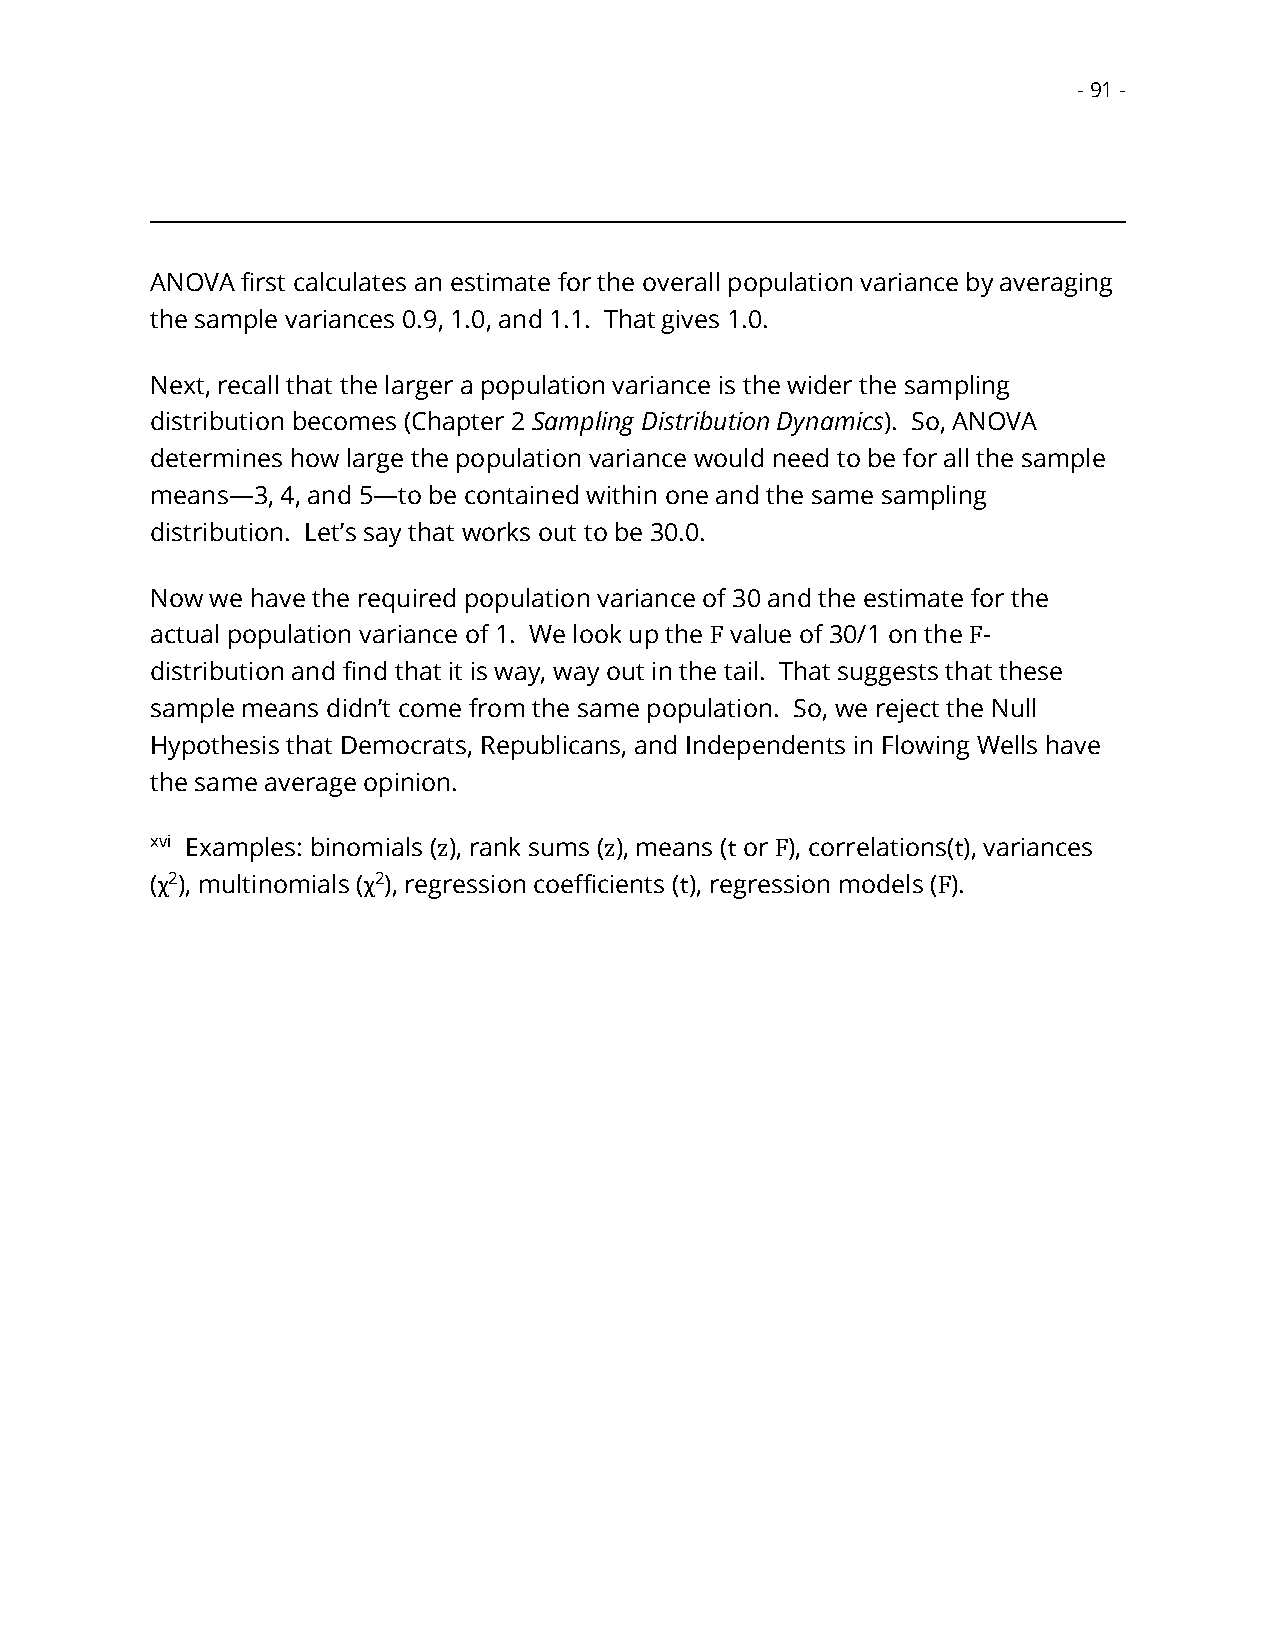
- 91 -
 ANOVA first calculates an estimate for the overall population variance by averaging
 the sample variances 0.9, 1.0, and 1.1. That gives 1.0.
 Next, recall that the larger a population variance is the wider the sampling
 distribution becomes (Chapter 2 Sampling Distribution Dynamics). So, ANOVA
 determines how large the population variance would need to be for all the sample
 means—3, 4, and 5—to be contained within one and the same sampling
 distribution. Let’s say that works out to be 30.0.
 Now we have the required population variance of 30 and the estimate for the
 actual population variance of 1. We look up the F value of 30/1 on the F-
 distribution and find that it is way, way out in the tail. That suggests that these
 sample means didn’t come from the same population. So, we reject the Null
 Hypothesis that Democrats, Republicans, and Independents in Flowing Wells have
 the same average opinion.
 xvi Examples: binomials (z), rank sums (z), means (t or F), correlations(t), variances
 (χ2), multinomials (χ2), regression coefficients (t), regression models (F).